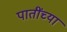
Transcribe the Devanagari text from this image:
पातींच्या